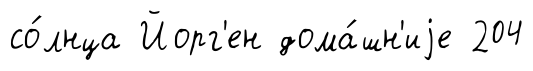
со́лнца Йорг'ен дома́шн'иjе 204